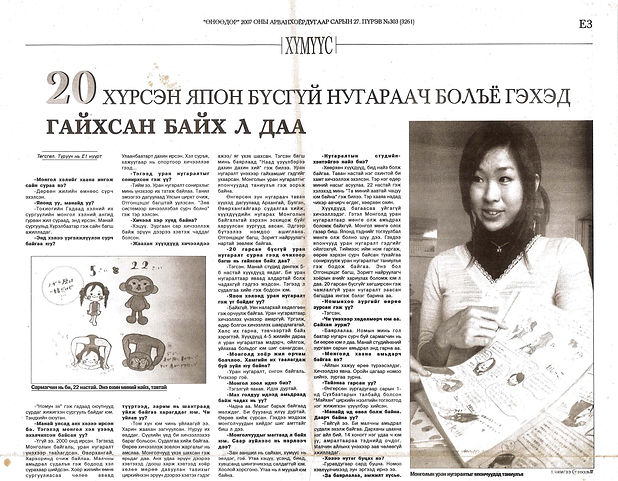
Language: mn